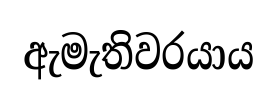
ඇමැතිවරයාය